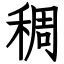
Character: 稠